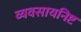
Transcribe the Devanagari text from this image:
व्यवसायनिष्ट